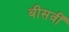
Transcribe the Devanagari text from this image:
बीसवीँ